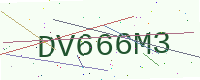
Text: DV666M3